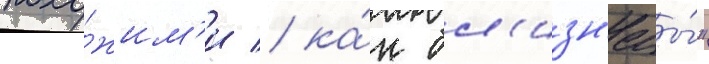
похо́жим'и / ка́к бл'изн'ецы́"